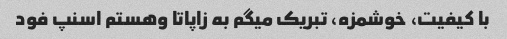
با کیفیت، خوشمزه، تبریک میگم به زاپاتا وهستم اسنپ فود